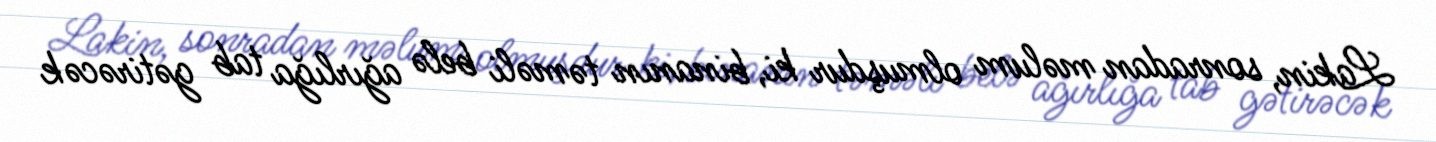
Lakin, sonradan məlum olmuşdur ki, binanın təməli belə ağırlığa tab gətirəcək